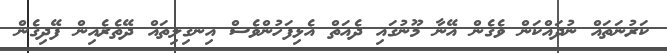
ކަރުނަތައް ނުދައްކަން ވެގެން އޭނާ މޫނުގައި ދެއަތް އެޅިފަހުންވެސް އިނގިލިތައް ދޭތެރެއިން ފޭދިގެން